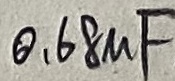
Text: 0,68uF